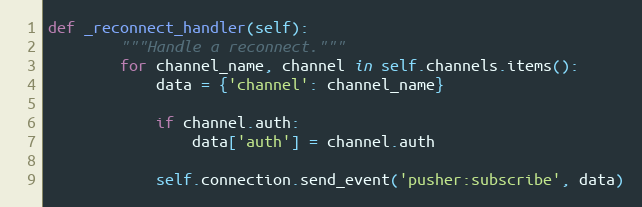
Language: Python
def _reconnect_handler(self):
        """Handle a reconnect."""
        for channel_name, channel in self.channels.items():
            data = {'channel': channel_name}

            if channel.auth:
                data['auth'] = channel.auth

            self.connection.send_event('pusher:subscribe', data)